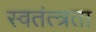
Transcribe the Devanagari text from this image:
स्वतंत्त्रता